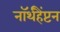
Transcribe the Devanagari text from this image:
नॉर्थहैंप्टन